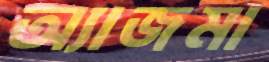
অ্যাজমা